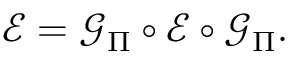
\mathcal { E } = \mathcal { G } _ { \Pi } \circ \mathcal { E } \circ \mathcal { G } _ { \Pi } .